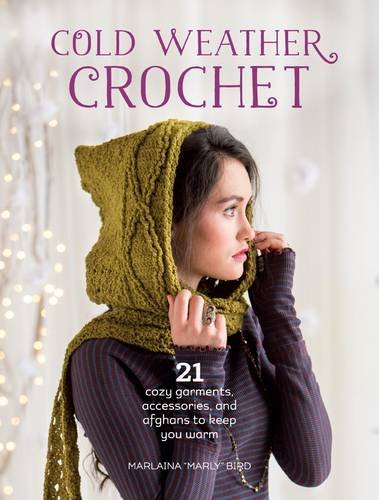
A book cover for Cold Weather Crochet: 21 Cozy Garments, Accessories, and Afghans to Keep You Warm; Marly Bird; Crafts, Hobbies & Home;